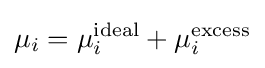
\mu _{i}=\mu _{i}^{\text{ideal}}+\mu _{i}^{\text{excess}}